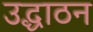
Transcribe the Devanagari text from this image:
उद्धाठन